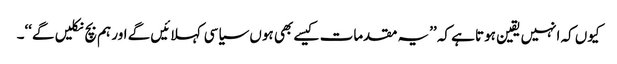
کیوں کہ انہیں یقین ہوتا ہے کہ ’’یہ مقدمات کیسے بھی ہوں سیاسی کہلائیں گے اور ہم بچ نکلیں گے‘‘۔